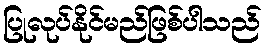
ပြုလုပ်နိုင်မည်ဖြစ်ပါသည်